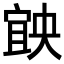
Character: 𡩶